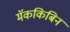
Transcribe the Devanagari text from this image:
मॅककिबिन